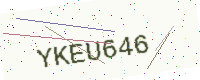
Text: YKEU646